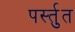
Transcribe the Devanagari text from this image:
पर्स्तुत